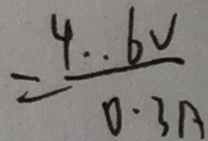
= \frac { 4 . 6 V } { 0 . 3 A }